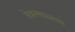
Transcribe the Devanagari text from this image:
तेवल्याप्रमाणे